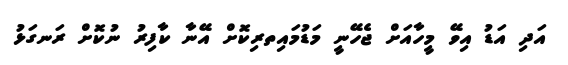
އަދި އަޑު އިވޭ މީހާއަށް ޖެހޭނީ މަޑުމައިތރިކޮށް އޭނާ ކާފިރު ނުކޮށް ރަނގަޅު